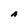
Character: A